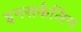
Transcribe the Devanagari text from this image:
इनसर्कलिंग